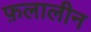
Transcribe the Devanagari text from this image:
फ़लालीन